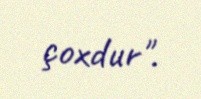
çoxdur".